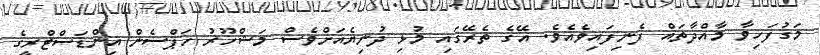
މަގުފަހިވާ މާއްދާތައް ފެނިފައިވެއެވެ. އޭގެ ތެރޭގައި މުޅި ދުނިޔެއަށްވެސް މަޝްހޫރު ހަޕްސެން އިންޑަސްޓްރީގެ